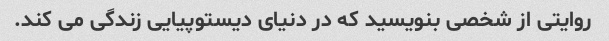
روایتی از شخصی بنویسید که در دنیای دیستوپیایی زندگی می کند.